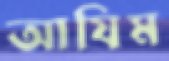
আযিম